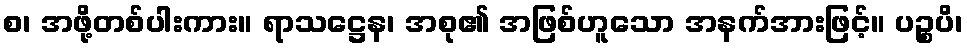
စ၊ အဖို့တစ်ပါးကား။ ရာသဋ္ဌေန၊ အစု၏ အဖြစ်ဟူသော အနက်အားဖြင့်။ ပဉ္စပိ၊